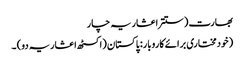
بھارت (ستتر اعشاریہ چار
(خودمختاری برائے کاروبار: پاکستان (اکسٹھ اعشاریہ دو) ۔